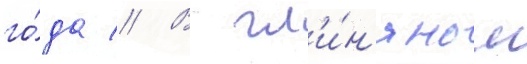
го́да // В гл'и́н'яном